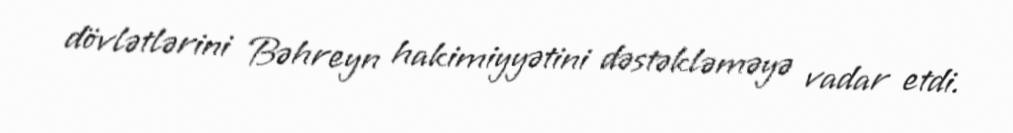
dövlətlərini Bəhreyn hakimiyyətini dəstəkləməyə vadar etdi.